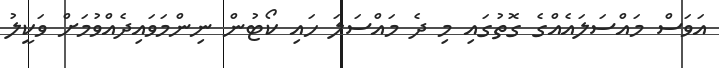
އަވަސް މައްސަލައެއްގެ ގޮތުގައި މި ދެ މައްސަލަ ހައި ކޯޓުން ނިންމަވައިދެއްވުމަށް ވަކީލު